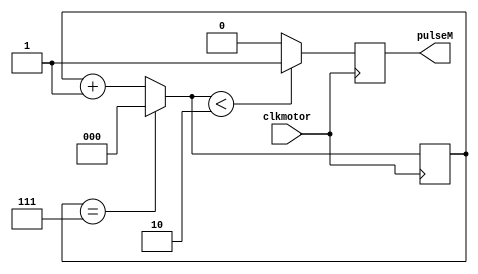

`timescale 1ns/1ns

module Motor(clkmotor, pulseM);
parameter n= 2;
input clkmotor;
output reg pulseM = 1'b1;
reg [2:0] counter = 3'b000;

always @ (posedge clkmotor) begin
if(counter == 4'b111)
    counter = 4'b000;
else
    counter = counter + 1'b1;

if(counter < n)
    pulseM = 1'b1;
else
    pulseM = 1'b0;
end
endmodule